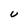
Character: u